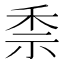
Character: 𥞆